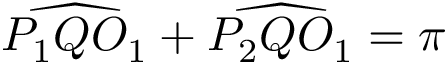
{ \widehat { P _ { 1 } Q O _ { 1 } } } + { \widehat { P _ { 2 } Q O _ { 1 } } } = \pi